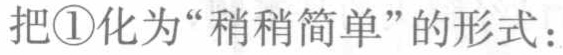
把\textcircled{1}化为“稍稍简单”的形式：